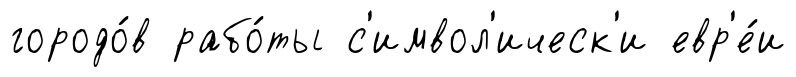
городо́в рабо́ты с'имвол'ическ'и евр'е́и